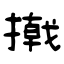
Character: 撠